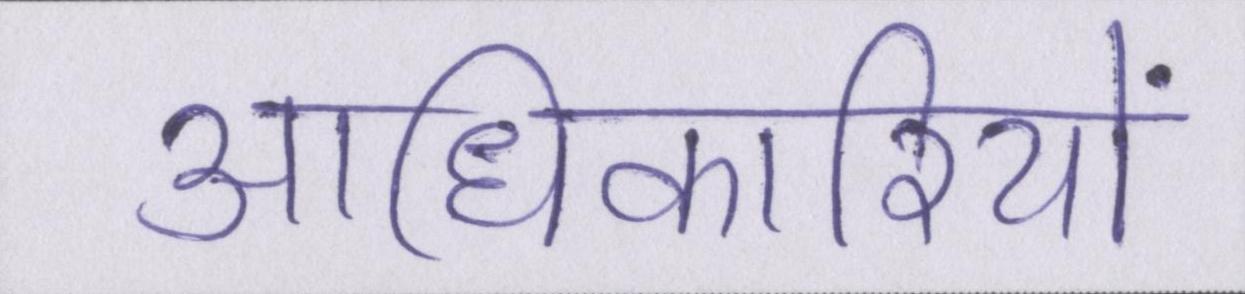
आधिकारियों